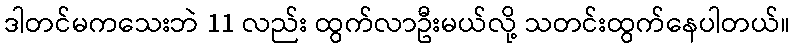
ဒါတင်မကသေးဘဲ 11 လည်း ထွက်လာဦးမယ်လို့ သတင်းထွက်နေပါတယ်။